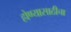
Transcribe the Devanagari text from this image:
होण्यासाठीचा